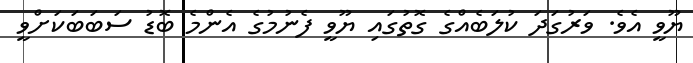
ޔޫވީ އެވެ. ވަރުގަދަ ކުލަބެއްގެ ގޮތުގައި ޔޫވީ ފެނުމުގެ އެންމެ ބޮޑު ސަބަބަކަށްވީ